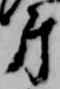
第